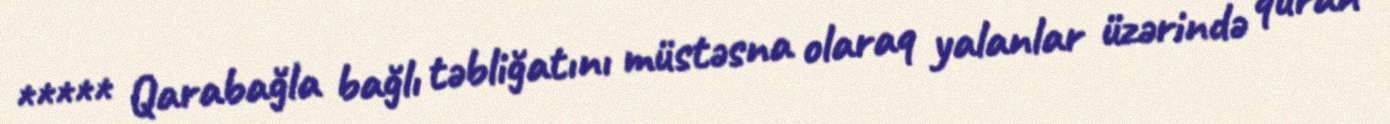
***** Qarabağla bağlı təbliğatını müstəsna olaraq yalanlar üzərində quran